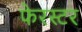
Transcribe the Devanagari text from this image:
फेरस्टर